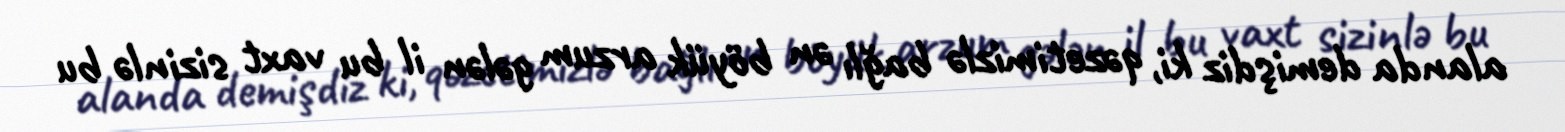
alanda demişdiz ki, qəzetimizlə bağlı ən böyük arzum gələn il bu vaxt sizinlə bu